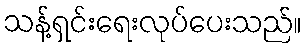
သန့်ရှင်းရေးလုပ်ပေးသည်။